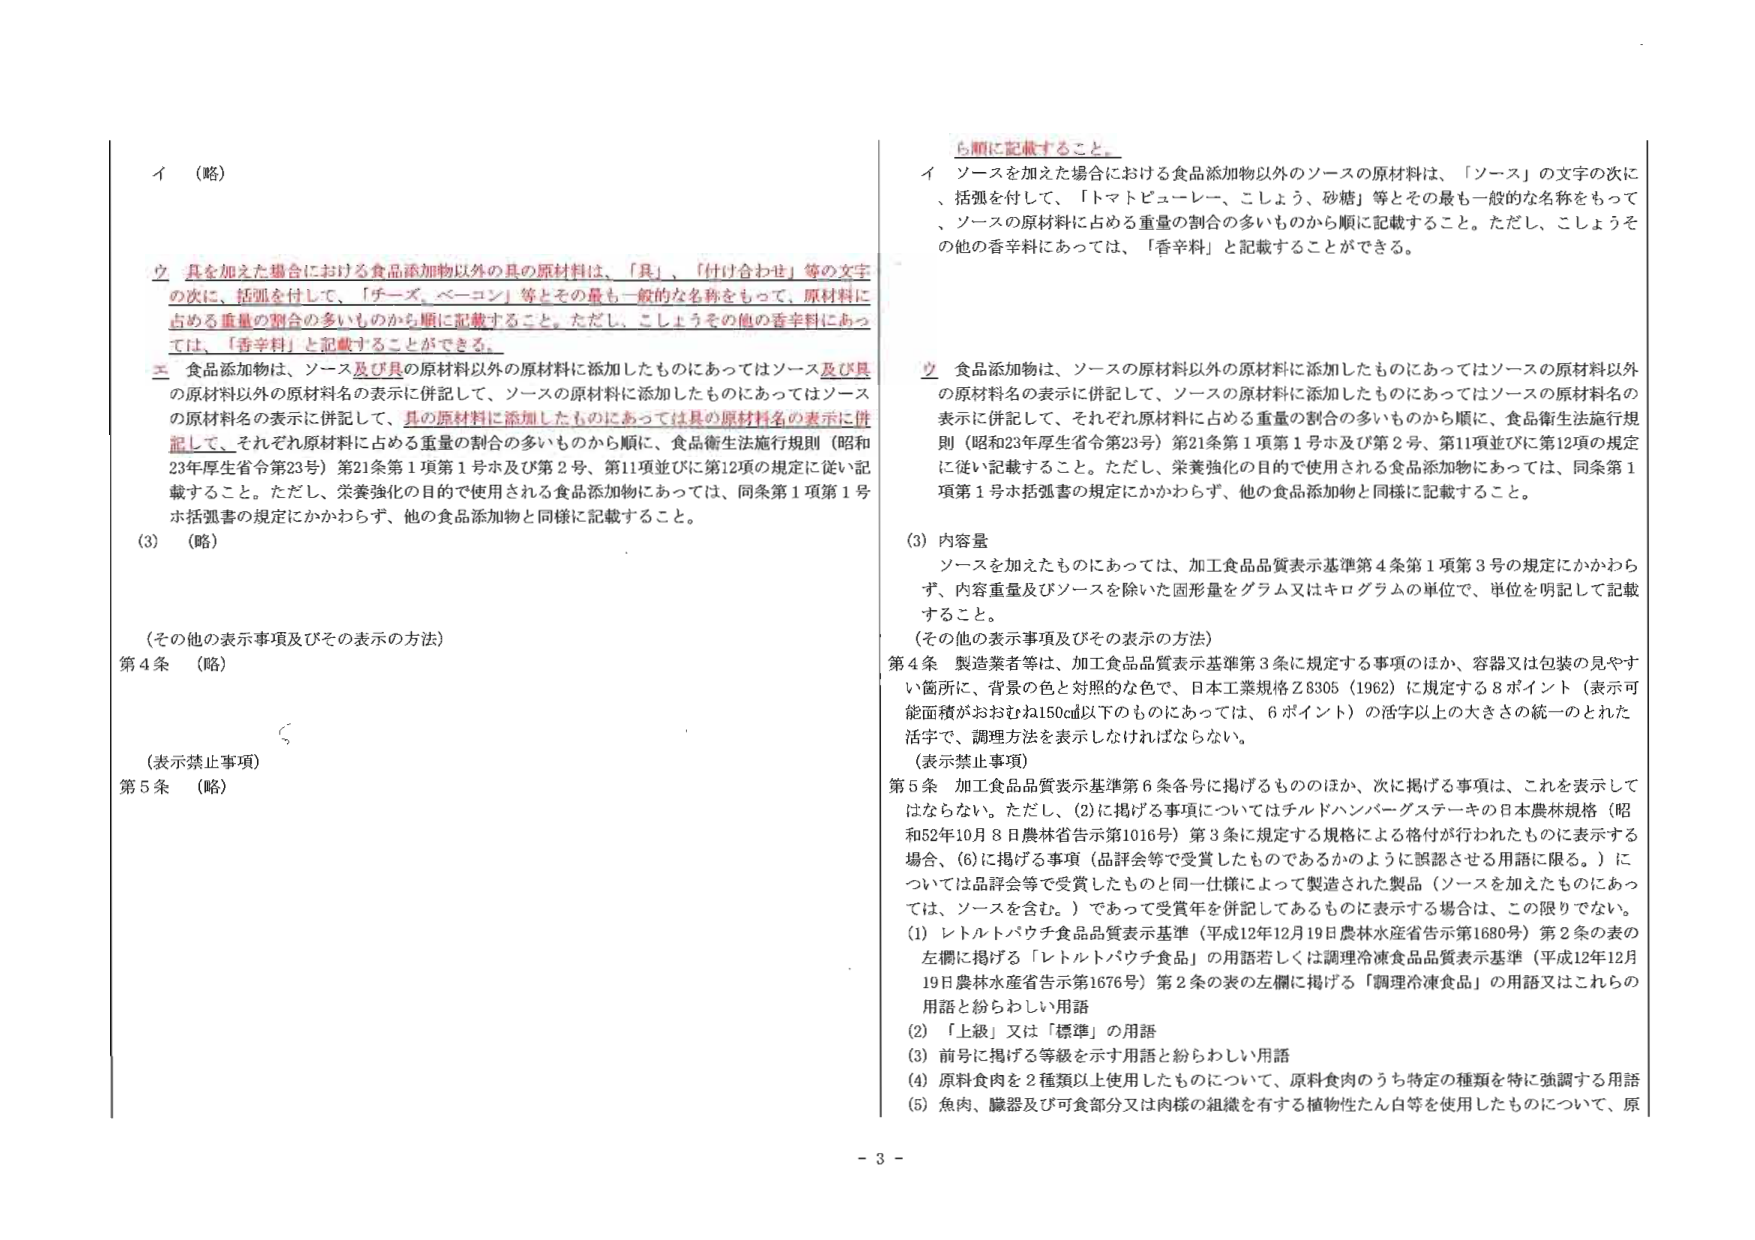
イ （略）

立 具を加えた場合における食品添加物以外の具の原材料は、「具」、「付け合わせ」等の文字の次に、括弧を付して、「チーズ、ベーコン」等とその最も一般的な名称をもって、原材料に占める重量の割合の多いものから順に記載すること。ただし、こしょうその他の香辛料にあっては、「香辛料」と記載することができる。

三 食品添加物は、ソース及び具の原材料以外の原材料に添加したものにあってはソース及び具の原材料以外の原材料名の表示に併記して、ソースの原材料に添加したものにあってはソースの原材料名の表示に併記して、具の原材料に添加したものにあっては具の原材料名の表示に併記して、それぞれ原材料に占める重量の割合の多いものから順に、食品衛生法施行規則（昭和23年厚生省令第23号）第21条第1項第1号ホ及び第2号、第11項並びに第12項の規定に従い記載すること。ただし、栄養強化の目的で使用される食品添加物にあっては、同条第1項第1号ホ括弧書の規定にかかわらず、他の食品添加物と同様に記載すること。

(3) （略）

（その他の表示事項及びその表示の方法）
第4条 （略）

（表示禁止事項）
第5条 （略）

ち節に記載すること。

イ ソースを加えた場合における食品添加物以外のソースの原材料は、「ソース」の文字の次に、括弧を付して、「トマトピューレー、こしょう、砂糖」等とその最も一般的な名称をもって、ソースの原材料に占める重量の割合の多いものから順に記載すること。ただし、こしょうその他の香辛料にあっては、「香辛料」と記載することができる。

立 食品添加物は、ソースの原材料以外の原材料に添加したものにあってはソースの原材料以外の原材料名の表示に併記して、ソースの原材料に添加したものにあってはソースの原材料名の表示に併記して、それぞれ原材料に占める重量の割合の多いものから順に、食品衛生法施行規則（昭和23年厚生省令第23号）第21条第1項第1号ホ及び第2号、第11項並びに第12項の規定に従い記載すること。ただし、栄養強化の目的で使用される食品添加物にあっては、同条第1項第1号ホ括弧書の規定にかかわらず、他の食品添加物と同様に記載すること。

(3) 内容量
ソースを加えたものにあっては、加工食品品質表示基準第4条第1項第3号の規定にかかわらず、内容重量及びソースを除いた固形量をグラム又はキログラムの単位で、単位を明記して記載すること。

（その他の表示事項及びその表示の方法）
第4条 製造業者等は、加工食品品質表示基準第3条に規定する事項のほか、容器又は包装の見やすい箇所に、背景の色と対照的な色で、日本工業規格Z8305（1962）に規定する8ポイント（表示可能面積がおおむね150㎠以下のものにあっては、6ポイント）の活字以上の大きさの統一のとれた活字で、調理方法を表示しなければならない。

（表示禁止事項）
第5条 加工食品品質表示基準第6条各号に掲げるもののほか、次に掲げる事項は、これを表示してはならない。ただし、(2)に掲げる事項についてはチルドハンバーグステーキの日本農林規格（昭和52年10月8日農林省告示第1016号）第3条に規定する規格による格付が行われたものに表示する場合、(6)に掲げる事項（品評会等で受賞したものであるかのように誤認させる用語に限る。）については品評会等で受賞したものと同一仕様によって製造された製品（ソースを加えたものにあっては、ソースを含む。）であって受賞年を併記してあるものに表示する場合は、この限りでない。
(1) レトルトパウチ食品品質表示基準（平成12年12月19日農林水産省告示第1680号）第2条の表の左欄に掲げる「レトルトパウチ食品」の用語若しくは調理冷凍食品品質表示基準（平成12年12月19日農林水産省告示第1676号）第2条の表の左欄に掲げる「調理冷凍食品」の用語又はこれらの用語と紛らわしい用語
(2) 「上級」又は「標準」の用語
(3) 前号に掲げる等級を示す用語と紛らわしい用語
(4) 原料食肉を2種類以上使用したものについて、原料食肉のうち特定の種類を特に強調する用語
(5) 魚肉、臓器及び可食部分又は肉様の組織を有する植物性たん白等を使用したものについて、原

- 3 -